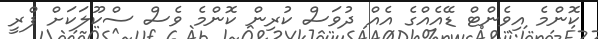
ކޮންމެ އިވެންޓް ޑޭއެއްގެ އެއް ދުވަސް ކުރިން ކޮންމެ ވެސް ސްކޫލަކަށް ފްރީ